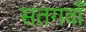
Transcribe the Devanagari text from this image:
सतगवाँ